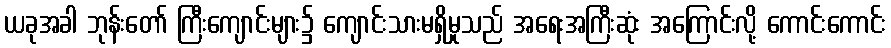
ယခုအခါ ဘုန်းတော် ကြီးကျောင်းများ၌ ကျောင်းသားမရှိမှုသည် အရေးအကြီးဆုံး အကြောင်းလို့ ကောင်းကောင်း